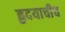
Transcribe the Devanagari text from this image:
हृदयाचीच